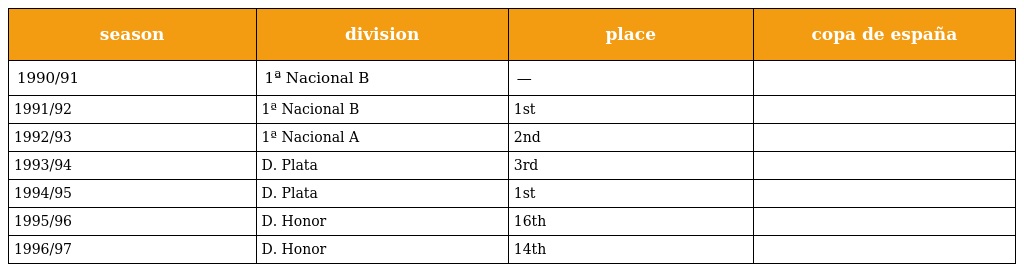
| season | division | place | copa de españa |
 | --- | --- | --- | --- |
 | 1990/91 | 1ª Nacional B | — |  |
 | 1991/92 | 1ª Nacional B | 1st |  |
 | 1992/93 | 1ª Nacional A | 2nd |  |
 | 1993/94 | D. Plata | 3rd |  |
 | 1994/95 | D. Plata | 1st |  |
 | 1995/96 | D. Honor | 16th |  |
 | 1996/97 | D. Honor | 14th |  |